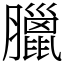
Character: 臘